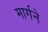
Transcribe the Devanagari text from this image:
मार्गने